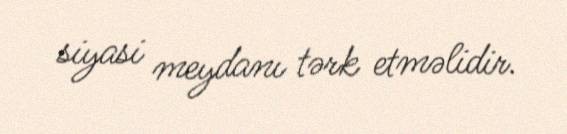
siyasi meydanı tərk etməlidir.